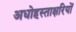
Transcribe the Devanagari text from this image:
अधोहस्ताक्षरियों